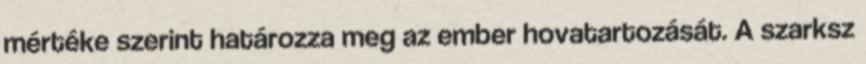
mértéke szerint határozza meg az ember hovatartozását. A szarksz